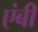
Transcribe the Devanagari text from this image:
एंबी